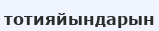
тотияйындарын